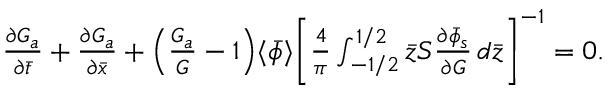
\begin{array} { r } { \frac { \partial G _ { a } } { \partial \bar { t } } + \frac { \partial G _ { a } } { \partial \bar { x } } + \Bigl ( \frac { G _ { a } } { G } - 1 \Bigr ) \langle \bar { \phi } \rangle \biggl [ \frac { 4 } { \pi } \int _ { - 1 / 2 } ^ { 1 / 2 } \bar { z } S \frac { \partial \bar { \phi } _ { s } } { \partial G } \, d \bar { z } \biggr ] ^ { - 1 } = 0 . } \end{array}